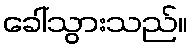
ခေါ်သွားသည်။